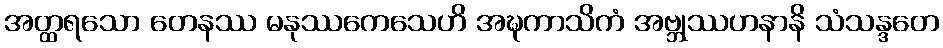
အတ္ထရသော တေနဿ မနုဿကေသေဟိ အဍ္ဎကာသိကံ အဗ္ဘုဿဟနာနိ သံသန္ဒတေ